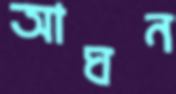
আঘন